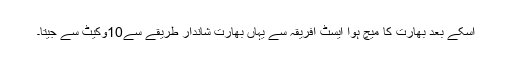
اسکے بعد بھارت کا میچ ہوا ایسٹ افریقہ سے یہاں بھارت شاندار طریقے سے10وکیٹ سے جیتا۔